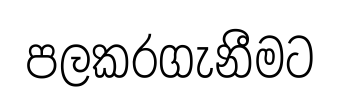
පලකරගැනීමට